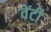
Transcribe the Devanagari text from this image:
वेंटी